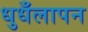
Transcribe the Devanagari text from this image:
धुधँलापन